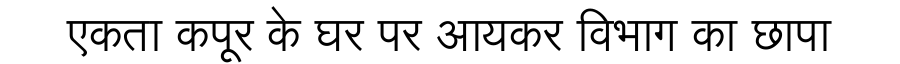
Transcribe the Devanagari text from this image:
एकता कपूर के घर पर आयकर विभाग का छापा